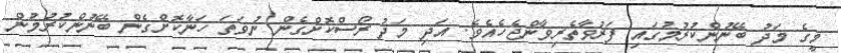
މީގެ މަދު ބޭނުންކުރުމުގައި ފަރުވާތެރިވާންޖެހެއެވެ. އަދި މަދު ރޯސްކޮށްގެން ނުވަތަ ހަނާކޮށްގެން ބޭނުންކުރުމުން